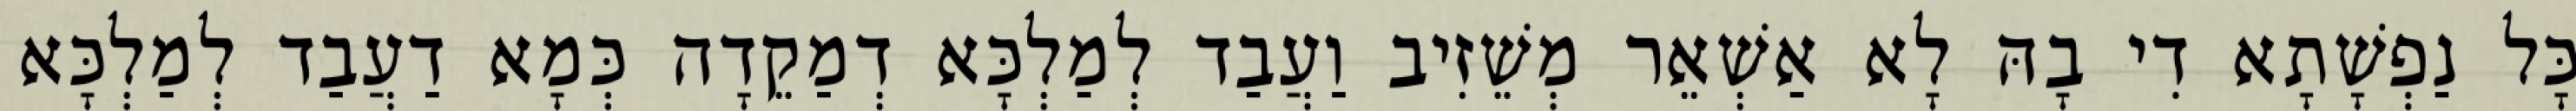
כָּל נַפְשָׁתָא דִי בָהּ לָא אַשְׁאֵר מְשֵׁזִיב וַעֲבַד לְמַלְכָּא דְמַקֵדָה כְּמָא דַעֲבַד לְמַלְכָּא